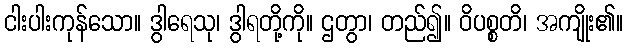
ငါးပါးကုန်သော။ ဒွါရေသု၊ ဒွါရတို့ကို။ ဌတွာ၊ တည်၍။ ဝိပစ္စတိ၊ အကျိုး၏။